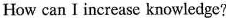
How can I increase knowledge?